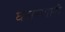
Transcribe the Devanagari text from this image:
घसरणारी